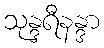
သုန္ဒရီနန္ဒာ